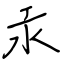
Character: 汞